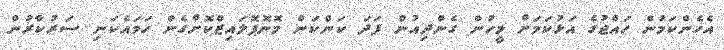
އެހެންކަމުން ހައްޖުގެ އަޅުކަމަށް މީހުން ގެންދިއުން ފަދަ ކަންކަން މޮނޮޕޮލައިޒްކޮށްގެން ހަމައެކަނި ސަރުކާރުން